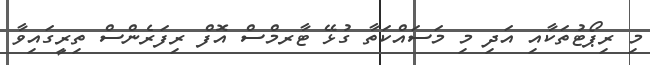
މި ރިޕޯޓުތަކާއި އަދި މި މަސައްކަތާ ގުޅޭ ޓާރމްސް އޮފް ރިފަރެންސް ތިރީގައިވާ